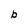
Character: b